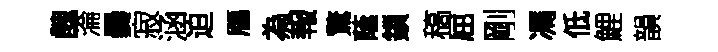
醜淪爨寂涵迫鴈為報驚䕃鎻稿屈剛馮低鯉韻